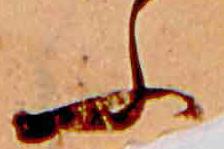
ふ